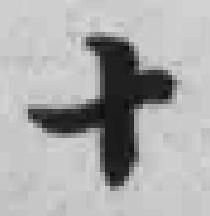
十